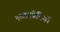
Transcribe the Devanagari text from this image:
स्वादप्रेमियों